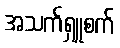
အသက်ရှူစက်